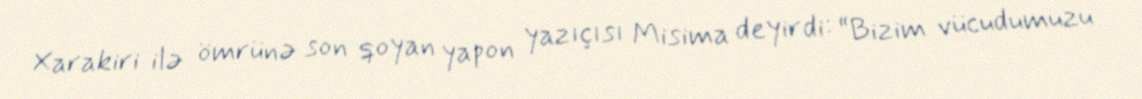
Xarakiri ilə ömrünə son qoyan yapon yazıçısı Misima deyirdi: “Bizim vücudumuzu